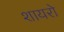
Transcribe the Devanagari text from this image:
शायरो